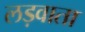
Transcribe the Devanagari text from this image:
लड़वाता